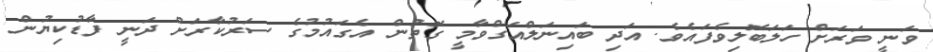
ވަނީ ވަރަށް ހަލަބޮލިވެފައެވެ. އަދި ބައިނަލްއަގްވާމީ ގޮތުން އެގައުމުގެ ސަރުކާރަށް ދަނީ ފާޑުކިޔުން